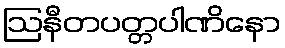
ဩနီတပတ္တပါဏိနော